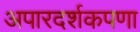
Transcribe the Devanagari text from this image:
अपारदर्शकपणा